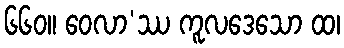
၆၆၀။ ဝေလာ’ဿ ကူလဒေသော ထ၊